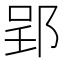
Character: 郢